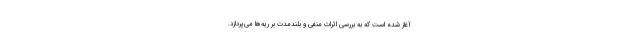
آغاز شده است که به بررسی اثرات منفی و بلندمدت بر ریه‌ها می‌پردازد.